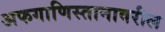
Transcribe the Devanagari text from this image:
अफगाणिस्तानावरील